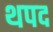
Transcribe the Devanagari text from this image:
थपद